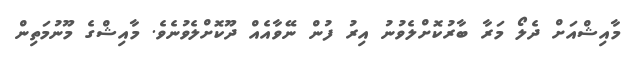
މާއިޝްއަށް ދެލޯ މަރާ ބާރުކޮށްލެވުނު އިރު ފުން ނޭވާއެއް ދޫކޮށްލެވުނެވެ. މާއިޝްގެ މޫނުމަތިން